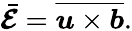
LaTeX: \bar{\boldsymbol{\mathcal{E}}}=\overline{{\boldsymbol{u}\times\boldsymbol{b}}}.